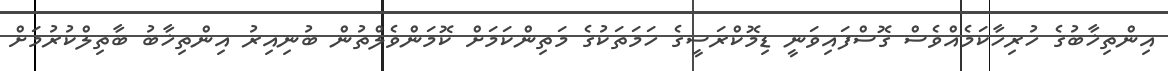
އިންތިޚާބުގެ ހުރިހާކަމެއްވެސް ގޮސްފައިވަނީ ޑިމޮކްރަސީގެ ހަމަތަކުގެ މަތިންކަމަށް ކޮމަންވެލްތުން ބުނިއިރު އިންތިޚާބު ބާތިލްކުރުމަށް